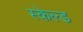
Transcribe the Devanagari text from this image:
स्केल्ड